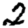
Digit: 2